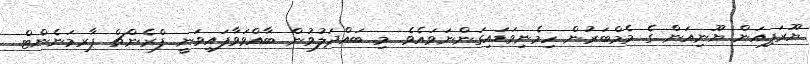
ޔޫރަޕިއަން ޔޫނިއަން ގެ މެމްބަރުން ހިމެނިވަޑައިގަންނަވައެވެ. މި ބައްދަލުވުން ބާއްވަވާފައިވަނީ ފްރެންޗް ޕާރމަނެންޓް